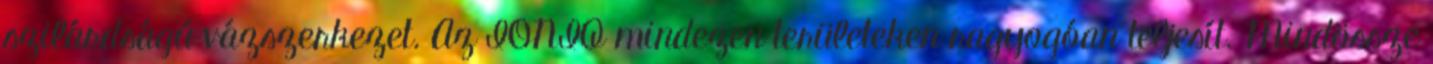
szilárdságú vázszerkezet. Az IONIQ mindezen területeken ragyogóan teljesít. Mindössze